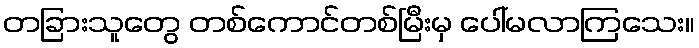
တခြားသူတွေ တစ်ကောင်တစ်မြီးမှ ပေါ်မလာကြသေး။